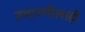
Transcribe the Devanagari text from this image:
उभारणीलाही